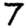
Digit: 7